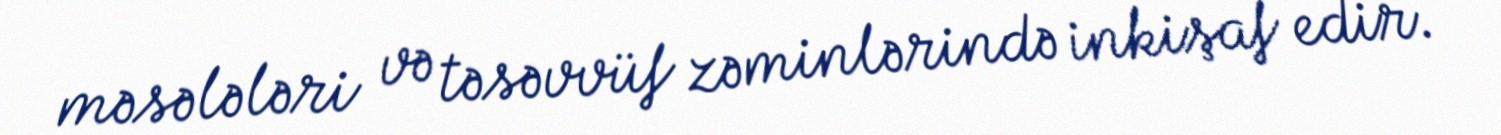
məsələləri və təsəvvüf zəminlərində inkişaf edir.